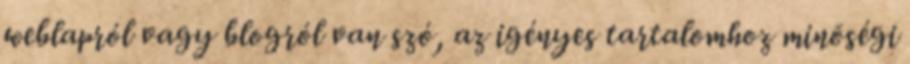
weblapról vagy blogról van szó, az igényes tartalomhoz minõségi